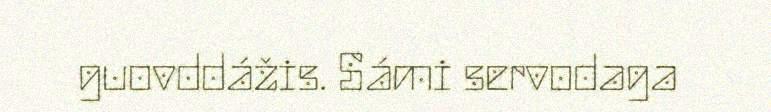
guovddážis. Sámi servodaga